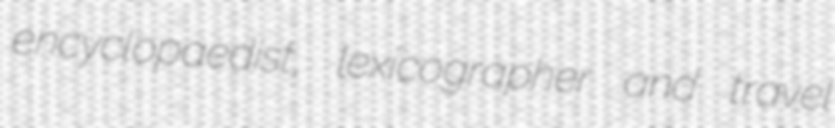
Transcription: encyclopaedist, lexicographer and travel